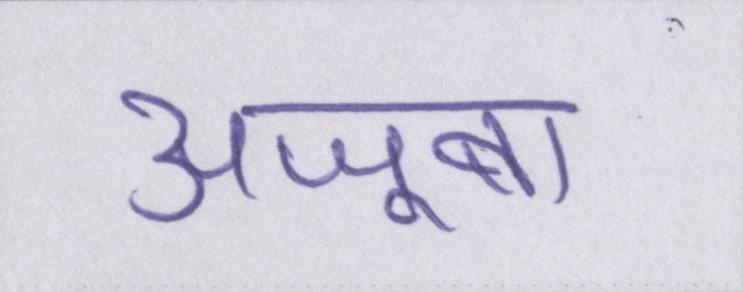
अजूबा